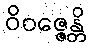
ဝိဝဇ္ဇေန္တိ